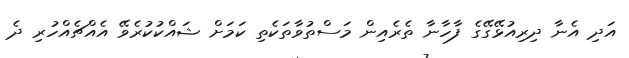
އަދި އެނާ ދިރިއުޅޭގޭގެ ފާހާނާ ތެރެއިން މަސްތުވާތަކެތި ކަމަށް ޝައްކުކުރެވޭ އެއްޗެއްހުރި ދެ